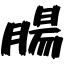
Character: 腸